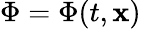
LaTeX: \Phi=\Phi(t,\mathbf{x})